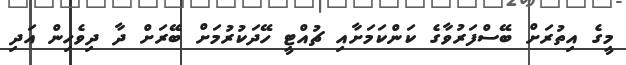
މީގެ އިތުރަށް ބޭސްފަރުވާގެ ކަންކަމަށާއި ޗުއްޓީ ހޭދަކުރުމަށް ބޭރަށް ދާ ދިވެހިން އަދި